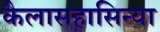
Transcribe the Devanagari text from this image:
कैलासहासिन्या